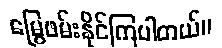
မြွေဖမ်းနိုင်ကြပါတယ်။